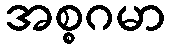
အစ္စဂမာ